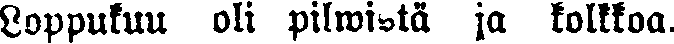
Loppukuu oli pilwistä ja kolkkoa.